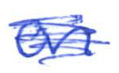
Text: on
Cross-out: mix
Writing tool: ballpoint